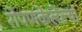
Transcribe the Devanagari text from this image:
रोपणकेलेल्या